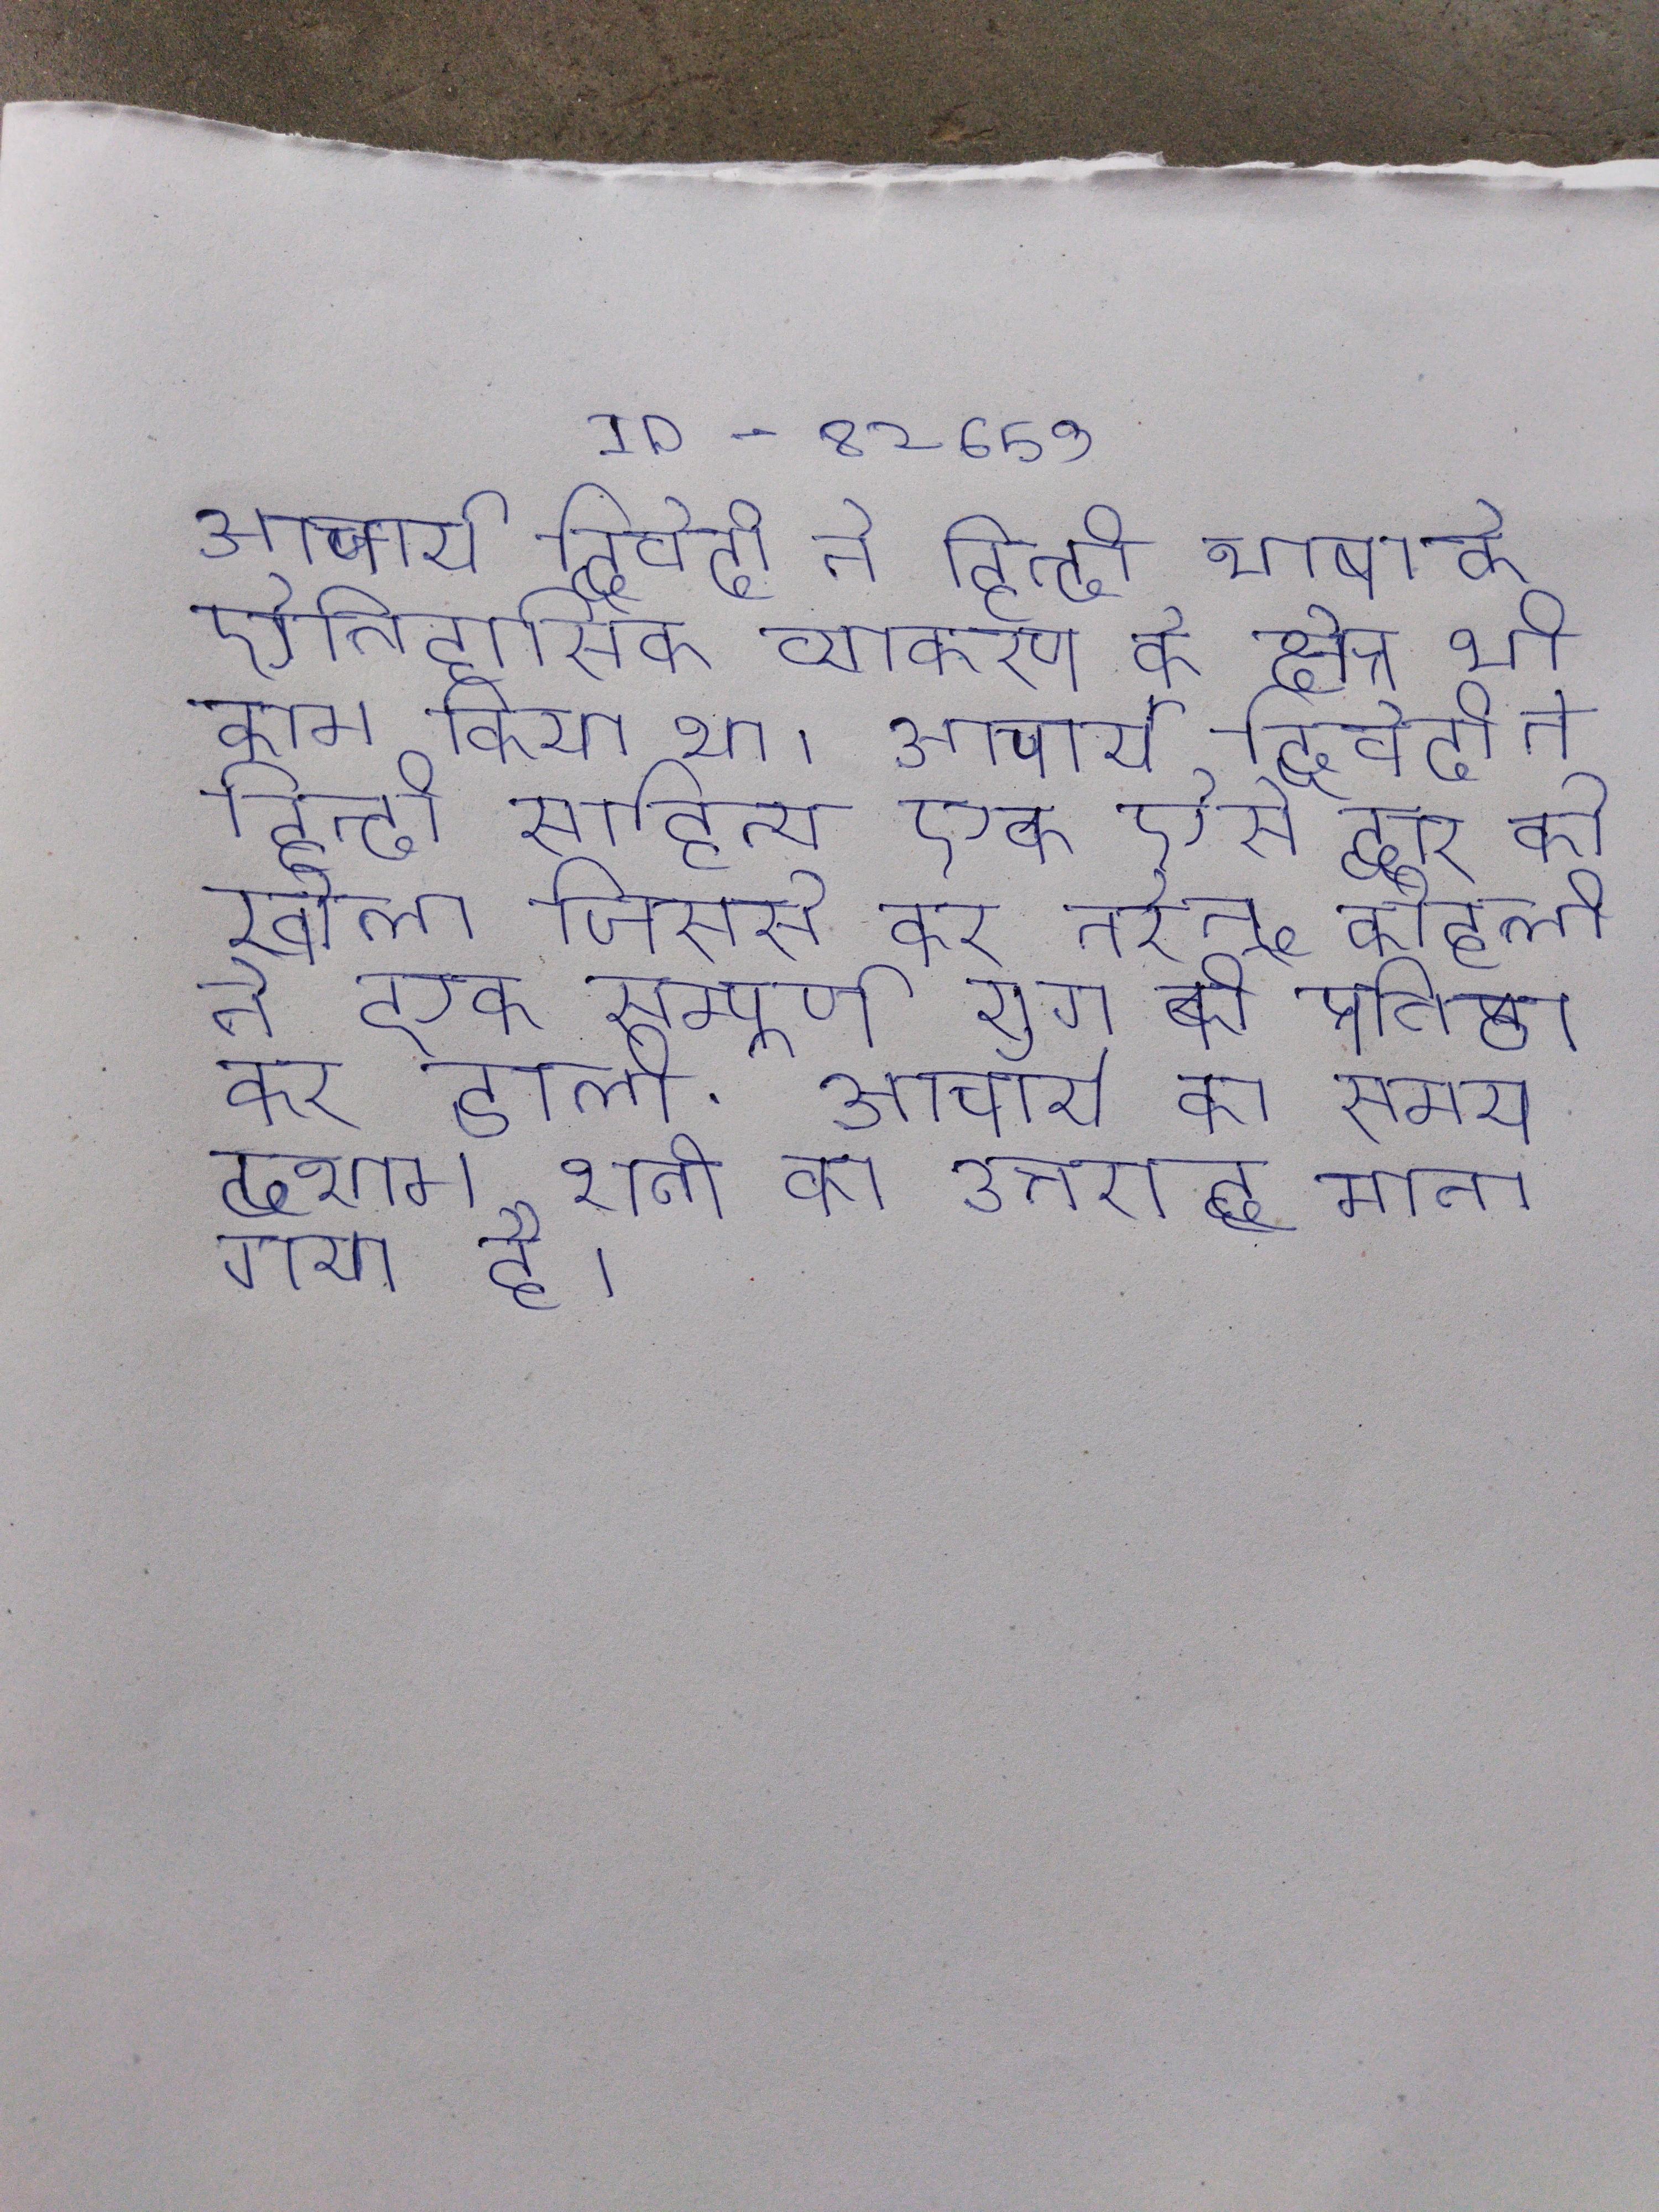
आचार्य द्विवेदी ने हिन्दी भाषा के ऐतिहासिक व्याकरण के क्षेत्र भी काम किया था । आचार्य द्विवेदी ने हिन्दी साहित्य एक ऐसे द्वार को खोला जिससे कर नरेन्द्र कोहली ने एक सम्पूर्ण युग की प्रतिष्ठा कर डाली . आचार्य का समय दशम शती का उत्तरार्द्ध माना गया है ।